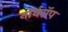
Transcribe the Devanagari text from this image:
नॉर्थरॉप